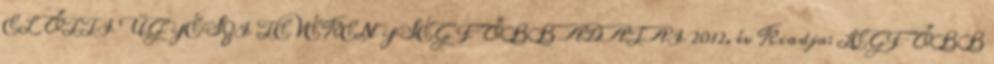
ELŐTTI ÜGYÉSZI TEVÉKENYSÉG FŐBB ADATAI 2012. év Kiadja: LEGFŐBB